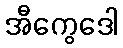
အီကွေဒေါ